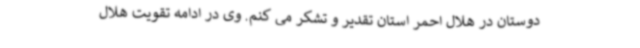
دوستان در هلال احمر استان تقدیر و تشکر می کنم. وی در ادامه تقویت هلال